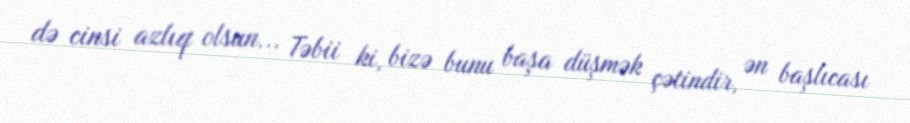
də cinsi azlıq olsun... Təbii ki, bizə bunu başa düşmək çətindir, ən başlıcası